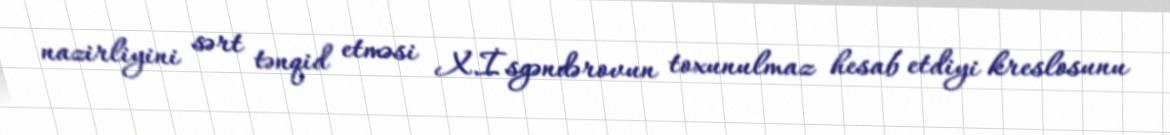
nazirliyini sərt tənqid etməsi X.İsgəndərovun toxunulmaz hesab etdiyi kreslosunu